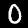
Label: 0